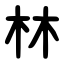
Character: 林